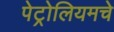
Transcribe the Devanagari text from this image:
पेट्रोलियमचे